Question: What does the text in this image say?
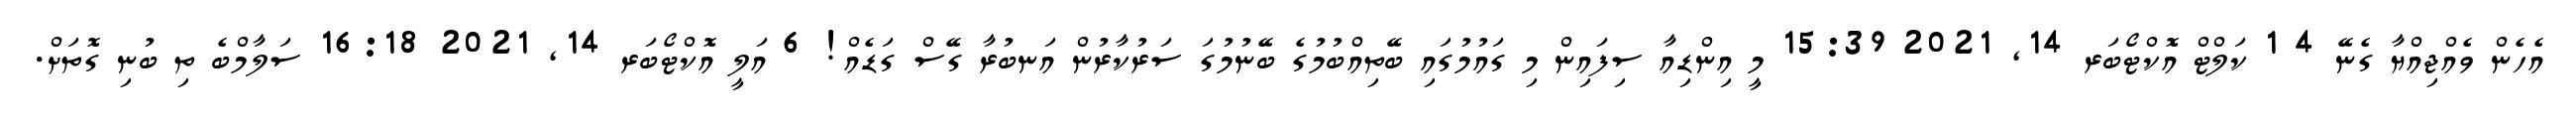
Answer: އެހެން ވެއްޖިއްޔާ ގެނޭ 4 1 ކަލްޓް އޮކްޓޯބަރ 14, 2021 15:39 މީ އިންޑިއާ ސިފައިން މި ގައުމުގައި ބޭތިއްބުމުގެ ބޭނުމުގަ ސަރުކާރުން އަނބުރާ ގޭސް ގަޑެއް! 6 އަލީ އޮކްޓޯބަރ 14, 2021 16:18 ސަލާމްބެ ތި ބުނި ގޮތަށް.